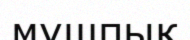
мушпык